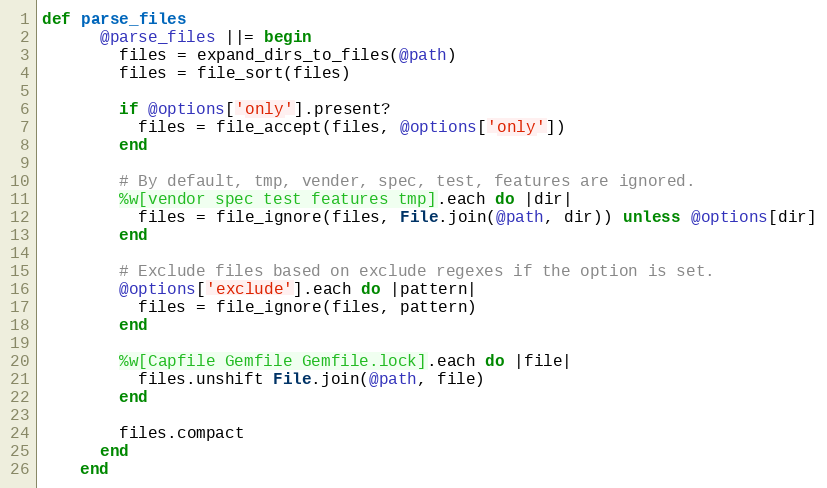
Language: Ruby
def parse_files
      @parse_files ||= begin
        files = expand_dirs_to_files(@path)
        files = file_sort(files)

        if @options['only'].present?
          files = file_accept(files, @options['only'])
        end

        # By default, tmp, vender, spec, test, features are ignored.
        %w[vendor spec test features tmp].each do |dir|
          files = file_ignore(files, File.join(@path, dir)) unless @options[dir]
        end

        # Exclude files based on exclude regexes if the option is set.
        @options['exclude'].each do |pattern|
          files = file_ignore(files, pattern)
        end

        %w[Capfile Gemfile Gemfile.lock].each do |file|
          files.unshift File.join(@path, file)
        end

        files.compact
      end
    end